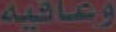
وعافيه